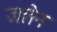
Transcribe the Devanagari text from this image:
जलेन